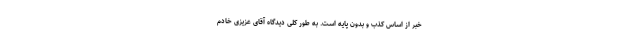
خبر از اساس کذب و بدون پایه است. به طور کلی دیدگاه آقای عزیزی خادم